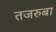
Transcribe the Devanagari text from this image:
तजरुबा